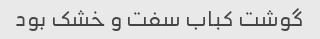
گوشت کباب سفت و خشک بود